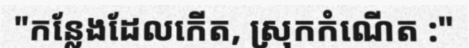
"កន្លែងដែលកើត, ស្រុកកំណើត :"